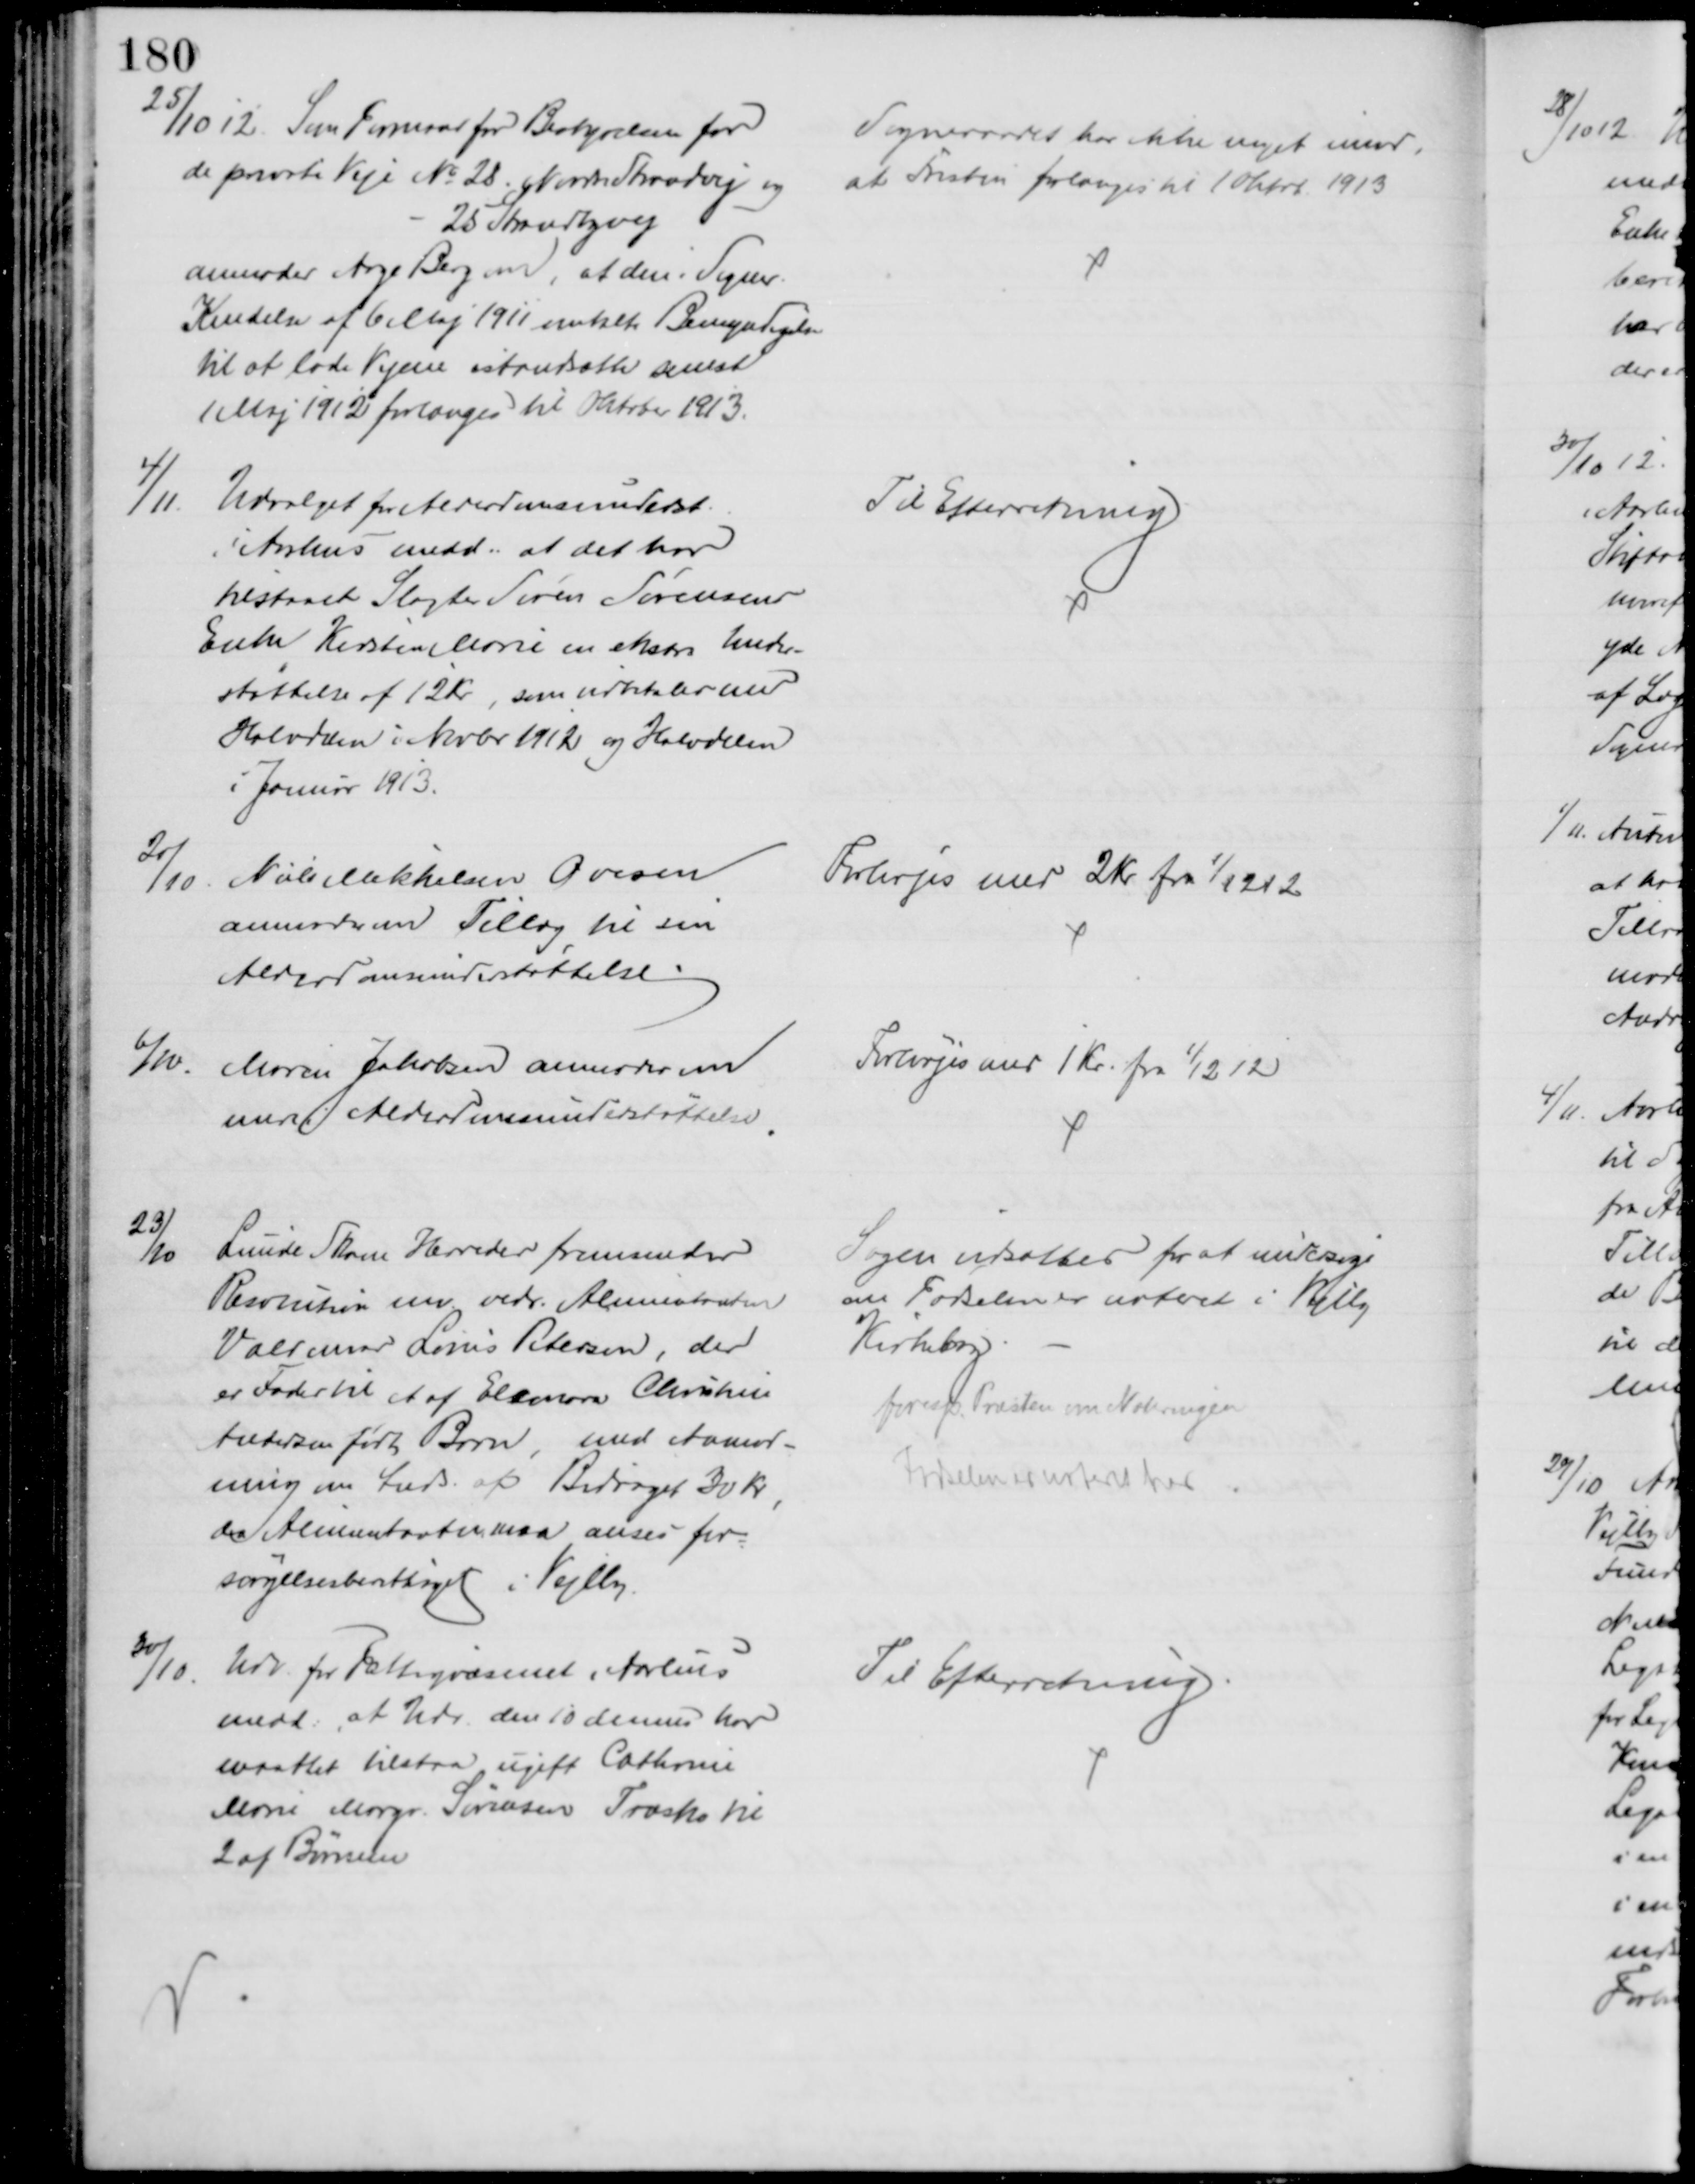
Transskription:
25/10 12. Som Formand for Bestyrelsen for
de private Veje № 28. Nordre Strandvej og
25 Strandbyvej
anmoder Aage Berg om, at den i Sogner.
Kendelse af 6 Maj 1911 omtalte Bemyndigelse
til at lade Vejene istandsætte senest
1 Maj 1912 forlænges til Oktober 1913.
Sogneraadet har ikke noget imod,
at Fristen forlænges til 1 Oktb 1913
4/11
Udvalget for Alderdomsunderst.
i Aarhus medd., at det har
tilstaaet Slagter Søren Sørensens
Enke Kirsten Marie en ekstra Under-
støttelse af 12 Kr, som udbetales med
Halvdelen i Novbr 1912 og Halvdelen
i Januar 1913.
Til Efterretning
20/10
Niels Mikkelsen Ovesen
anmoder om Tillæg til sin
Alderdomsunderstøttelse
Forhøjes med 2 Kr fra 1/12 12
6/10
Maren Jakobsen anmoder om
mere i Alderdomsunderstøttelse
Forhøjes med 1 Kr. fra 1/12 12
23/10
Lunde Skam Herreder fremsender
Resolution mv. vedr. Alimentanten
Valdemar Louis Petersen, der
er Fader til et af Eleonora Christine
Andersen født Barn, med Anmod-
ning om Inds. af Bidraget 30 Kr.,
da Alimentanten maa anses for-
sørgelsesberettiget i Vejlby.
Sagen udsættes for at undersøge
om Fødselen er noteret i Vejlby
Kirkebog
foresp. Præsten om Noteringen
Fødselen noteret her
30/10.
Udv. for Fattigvæsenet i Aarhus
medd. at Udv. den 10 dennes har
maattet tilstaa ugift Cathrine
Marie Margr. Sørensen Træsko til
2 af Børnene
Til Efterretning